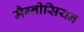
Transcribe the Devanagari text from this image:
मैग्नीसियन